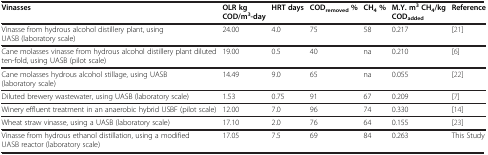
| Vinasses | OLR kg COD/m3-day | HRT days | CODremoved% | CH4% | M.Y. m3CH4/kg CODadded | Reference |
 | --- | --- | --- | --- | --- | --- | --- |
 | Vinasse from hydrous alcohol distillery plant, using UASB (laboratory scale) | 24.00 | 4.0 | 75 | 58 | 0.217 | [21] |
 | Cane molasses vinasse from hydrous alcohol distillery plant diluted ten-fold, using UASB (pilot scale) | 19.00 | 0.5 | 40 | na | 0.210 | [6] |
 | Cane molasses hydrous alcohol stillage, using UASB (laboratory scale) | 14.49 | 9.0 | 65 | na | 0.055 | [22] |
 | Diluted brewery wastewater, using UASB (laboratory scale) | 1.53 | 0.75 | 91 | 67 | 0.209 | [7] |
 | Winery effluent treatment in an anaerobic hybrid USBF (pilot scale) | 12.00 | 7.0 | 96 | 74 | 0.330 | [14] |
 | Wheat straw vinasse, using a UASB (laboratory scale) | 17.10 | 2.0 | 76 | 64 | 0.155 | [23] |
 | Vinasse from hydrous ethanol distillation, using a modified UASB reactor (laboratory scale) | 17.05 | 7.5 | 69 | 84 | 0.263 | This Study |